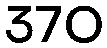
370